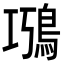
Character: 𩿸